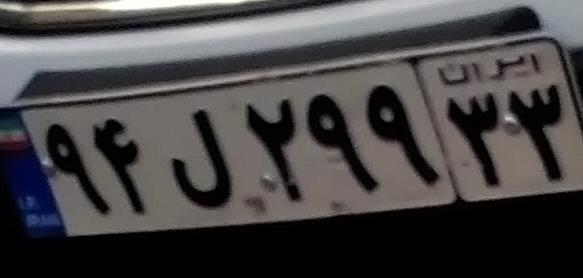
۹۴ل۲۹۹۳۳